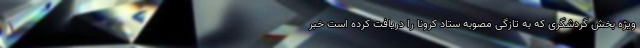
ویژه بخش گردشگری که به تازگی مصوبه ستاد کرونا را دریافت کرده است خبر